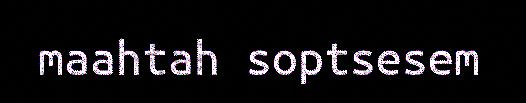
maahtah soptsesem